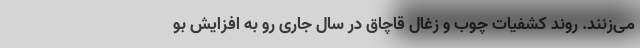
می‌زنند. روند کشفیات چوب و زغال قاچاق در سال جاری رو به افزایش بو